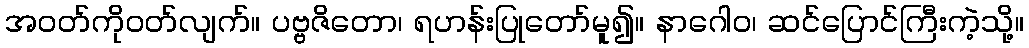
အဝတ်ကိုဝတ်လျက်။ ပဗ္ဗဇိတော၊ ရဟန်းပြုတော်မူ၍။ နာဂေါဝ၊ ဆင်ပြောင်ကြီးကဲ့သို့။